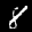
Label: 8